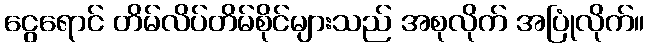
ငွေရောင် တိမ်လိပ်တိမ်စိုင်များသည် အစုလိုက် အပြုံလိုက်။